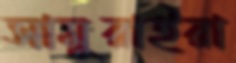
সামুরাইরা